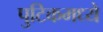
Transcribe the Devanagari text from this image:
पुटिकमध्ये